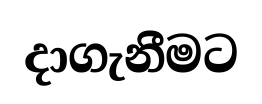
දාගැනීමට